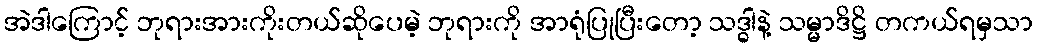
အဲဒါကြောင့် ဘုရားအားကိုးတယ်ဆိုပေမဲ့ ဘုရားကို အာရုံပြုပြီးတော့ သဒ္ဓါနဲ့ သမ္မာဒိဋ္ဌိ တကယ်ရမှသာ